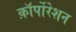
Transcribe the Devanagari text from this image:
क़ाॅर्पोरेशन